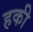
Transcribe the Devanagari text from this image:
हकी